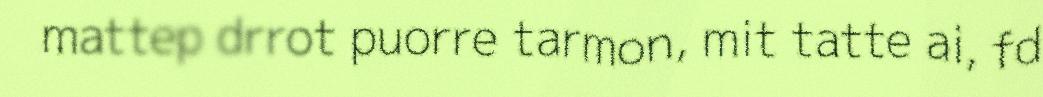
mattep drrot puorre tarmon, mit tatte ai, fd